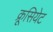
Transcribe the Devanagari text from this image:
क्रूसियेट